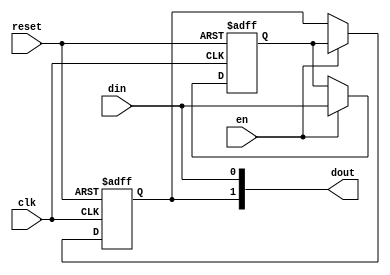
module SPC (clk, reset, en, din, dout);

input clk;
input reset;
input din;
input en;

output [1:0] dout;

reg temp;
reg temp2;

always @(posedge clk or posedge reset) begin
	if (reset) begin
		temp <= 0;
	end
	else if (en) begin
		temp <= din;
	end
	else begin
		temp <= temp;
	end
end

always @(posedge clk or posedge reset) begin
	if (reset) begin
		temp2 <= 0;
	end
	else if (en) begin
		temp2 <= temp;
	end
	else begin
		temp2 <= temp2;
	end
end

assign dout[1] = temp2;
assign dout[0] = din;

endmodule